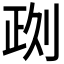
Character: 𠝙